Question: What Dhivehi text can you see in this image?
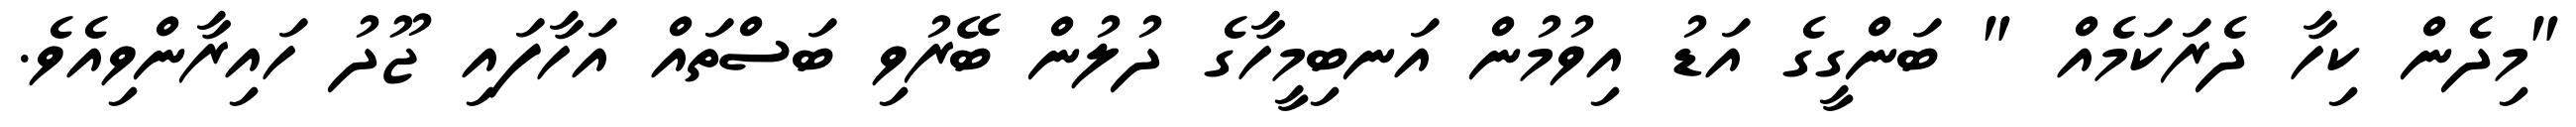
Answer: "މިދެން ކިހާ ދެރަކަމެއް " ބަންގީގެ އަޑު އިވުމުން އަނބިމީހާގެ ދުލުން ބޭރުވި ބަސްތައް އަހާފައި ޖޫދު ހައިރާންވިއެވެ.